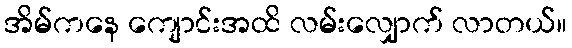
အိမ်ကနေ ကျောင်းအထိ လမ်းလျှောက် လာတယ်။